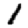
Digit: 1